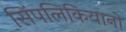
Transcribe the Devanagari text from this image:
सिंपलिकियानो